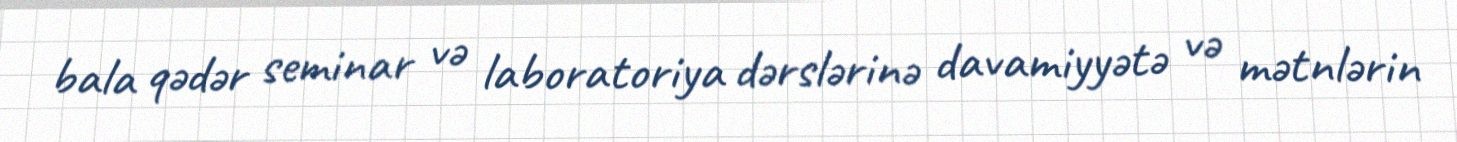
bala qədər seminar və laboratoriya dərslərinə davamiyyətə və mətnlərin